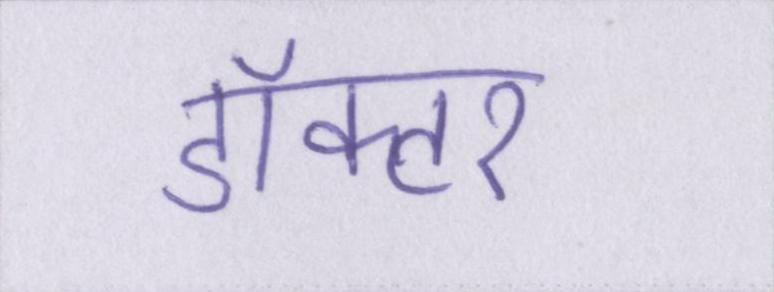
डॉक्टर